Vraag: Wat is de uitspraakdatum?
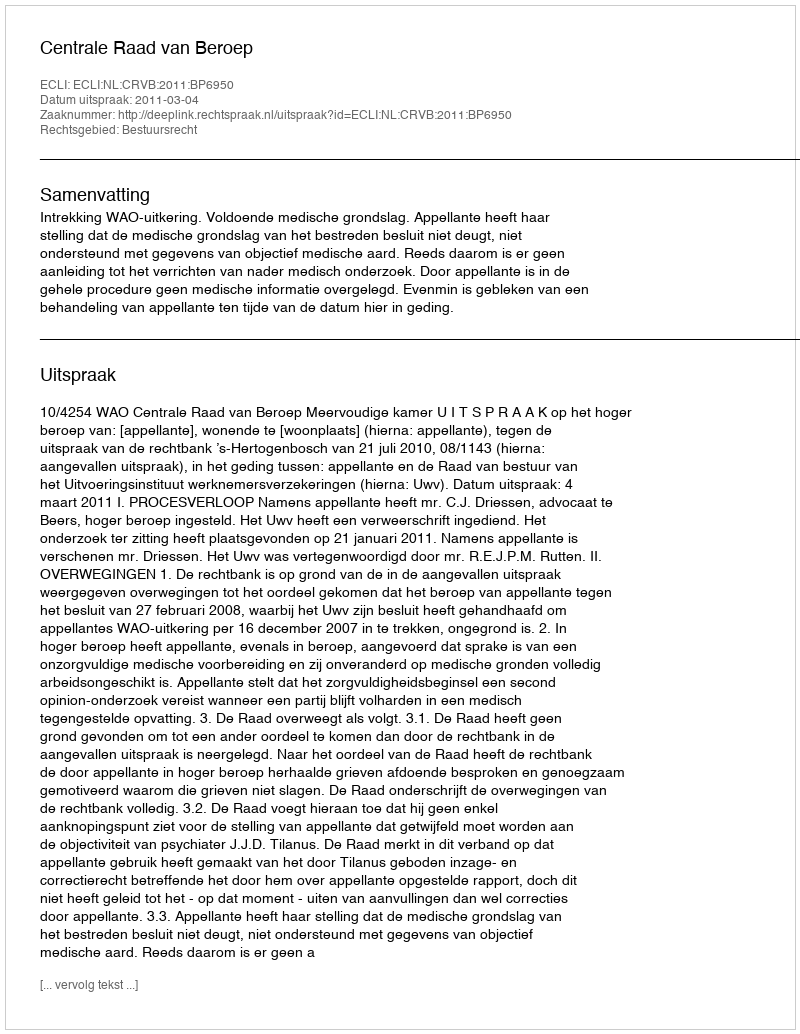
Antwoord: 2011-03-04